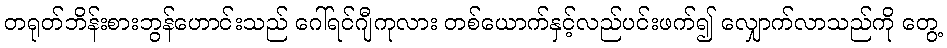
တရုတ်ဘိန်းစားဘွန်ဟောင်းသည် ဂေါ်ရင်ဂျီကုလား တစ်ယောက်နှင့်လည်ပင်းဖက်၍ လျှောက်လာသည်ကို တွေ့